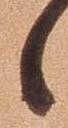
候